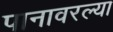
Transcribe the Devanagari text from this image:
पानावरल्या